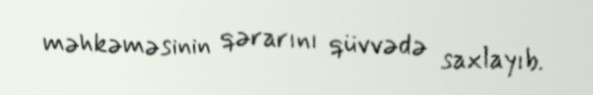
məhkəməsinin qərarını qüvvədə saxlayıb.